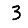
Digit: 3